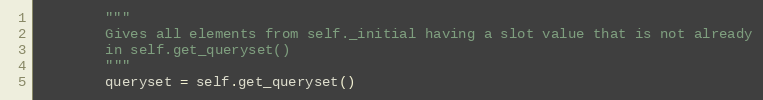
Language: Python
        """
        Gives all elements from self._initial having a slot value that is not already
        in self.get_queryset()
        """
        queryset = self.get_queryset()